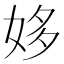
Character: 姼